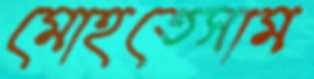
মোহতেসাম